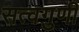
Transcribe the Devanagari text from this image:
सत्वगुणी